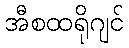
အီစထရိုဂျင်